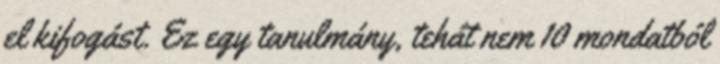
el kifogást. Ez egy tanulmány, tehát nem 10 mondatból